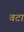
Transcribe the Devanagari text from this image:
वटा